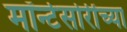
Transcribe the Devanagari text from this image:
मॉन्टेसोरींच्या